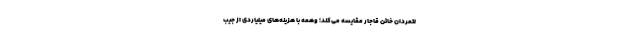
لتمردان خائن قاجار مقایسه می‌کند؛ وهمه با هزینه‌های میلیاردی از جیب